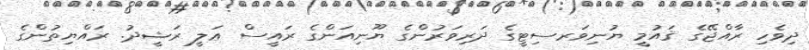
ދިވެހި ރާއްޖޭގެ ޤައުމީ ޔުނިވަރސިޓީގެ ދަރިވަރުންގެ ޔޫނިއަންގެ ރައީސް ޢަލީ ރަޝީދު. ރައްޔިތުންގެ